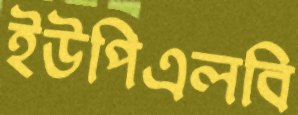
ইউপিএলবি